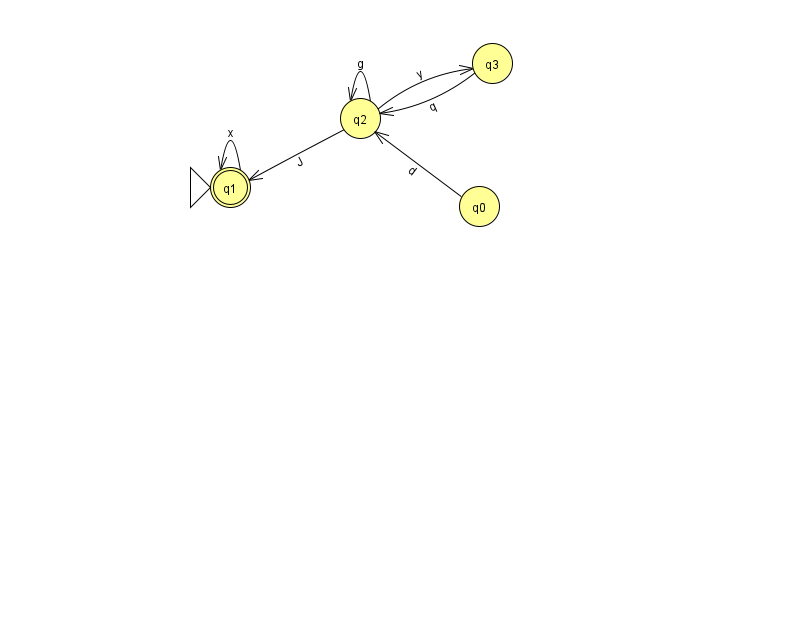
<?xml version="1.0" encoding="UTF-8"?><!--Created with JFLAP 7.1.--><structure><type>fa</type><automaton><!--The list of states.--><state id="0" name="q0"><x>479.0</x><y>193.0</y></state><state id="1" name="q1"><x>230.0</x><y>174.0</y><initial/><final/></state><state id="2" name="q2"><x>360.0</x><y>105.0</y></state><state id="3" name="q3"><x>492.0</x><y>50.0</y></state><!--The list of transitions.--><transition><from>2</from><to>1</to><read>J</read></transition><transition><from>3</from><to>2</to><read>q</read></transition><transition><from>2</from><to>2</to><read>g</read></transition><transition><from>1</from><to>1</to><read>x</read></transition><transition><from>2</from><to>3</to><read>y</read></transition><transition><from>0</from><to>2</to><read>d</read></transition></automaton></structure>